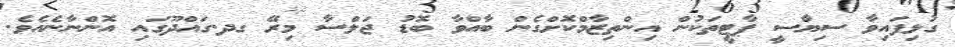
ގުޅިފައިވާ ސިޔާސީ ޕާޓީތަކުން އިންތިޒާމްކޮށްގެން ބާއްވާ ބޮޑު ޖަލްސާ މިރޭ ގދ.ގައްދޫގައި އޮންނާނެއެވެ.